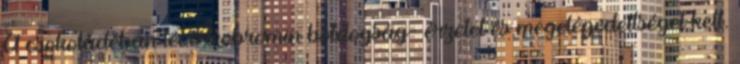
A csokoládéban lévő teobromin boldogság- érzetet és megelégedettséget kelt.